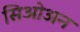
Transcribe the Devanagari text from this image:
सिओअन